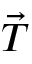
\vec { T }